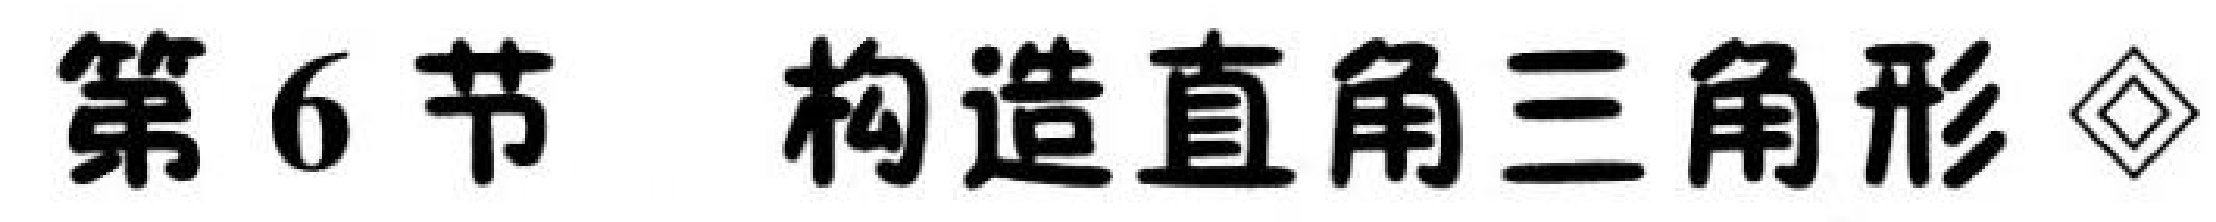
第 6 节 构造直角三角形$\lozenge$